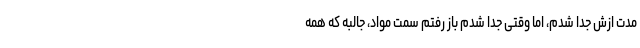
مدت ازش جدا شدم، اما وقتی جدا شدم باز رفتم سمت مواد، جالبه که همه